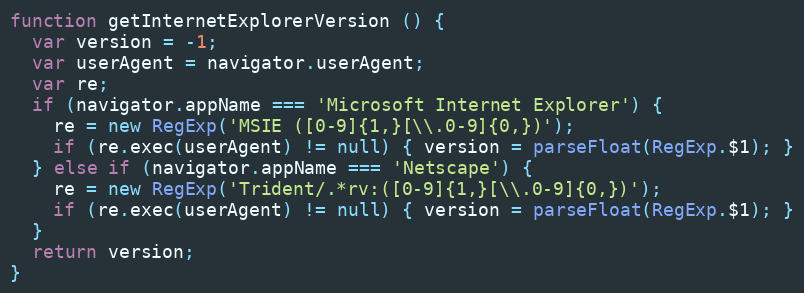
Language: JavaScript
function getInternetExplorerVersion () {
  var version = -1;
  var userAgent = navigator.userAgent;
  var re;
  if (navigator.appName === 'Microsoft Internet Explorer') {
    re = new RegExp('MSIE ([0-9]{1,}[\\.0-9]{0,})');
    if (re.exec(userAgent) != null) { version = parseFloat(RegExp.$1); }
  } else if (navigator.appName === 'Netscape') {
    re = new RegExp('Trident/.*rv:([0-9]{1,}[\\.0-9]{0,})');
    if (re.exec(userAgent) != null) { version = parseFloat(RegExp.$1); }
  }
  return version;
}